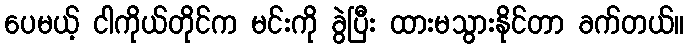
ပေမယ့် ငါကိုယ်တိုင်က မင်းကို ခွဲပြီး ထားမသွားနိုင်တာ ခက်တယ်။